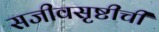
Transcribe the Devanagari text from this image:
सजीवसृष्टीची